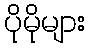
ပိုမိုများ